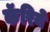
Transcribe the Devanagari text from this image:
कॅरिने